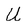
Character: U